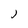
Character: j